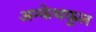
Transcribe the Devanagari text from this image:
अन्फेथफुल